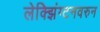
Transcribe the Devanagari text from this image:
लेक्झिंग्टनवरुन